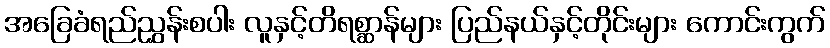
အခြေခံရည်ညွှန်းစပါး လူနှင့်တိရစ္ဆာန်များ ပြည်နယ်နှင့်တိုင်းများ ကောင်းကွက်